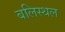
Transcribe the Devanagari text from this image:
बलिस्थल